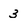
Character: 3